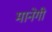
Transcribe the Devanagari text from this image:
मानेगी